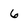
Character: 6